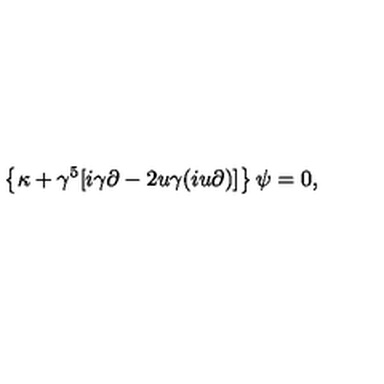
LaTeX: \left\{ \kappa + \gamma ^ { 5 } [ i \gamma \partial - 2 u \gamma ( i u \partial ) ] \right\} \psi = 0 ,